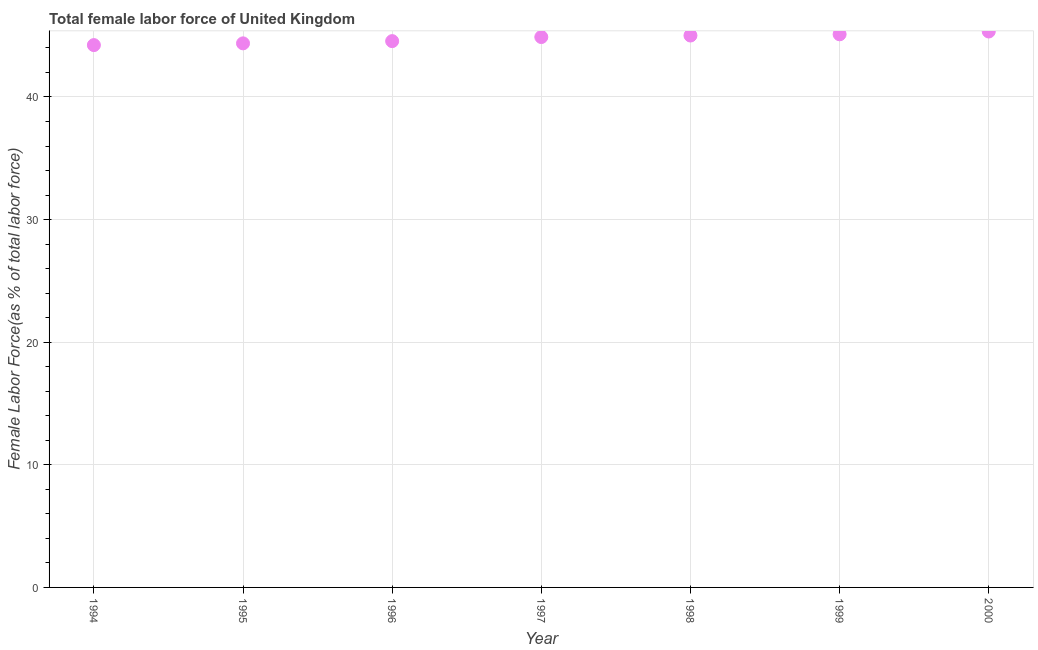
| Year | Female Labor force |
 | --- | --- |
 | 1994 | 44.2 |
 | 1995 | 44.4 |
 | 1996 | 44.6 |
 | 1997 | 44.9 |
 | 1998 | 45 |
 | 1999 | 45.1 |
 | 2000 | 45.3 |